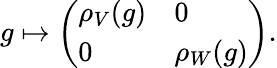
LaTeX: g\mapsto{\left(\begin{array}{ll}{\rho_{V}(g)}&{0}\\ {0}&{\rho_{W}(g)}\end{array}\right)}.